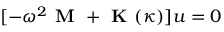
[ - \omega ^ { 2 } \textbf { M } + \textbf { K } ( \kappa ) ] \boldsymbol { u } = 0